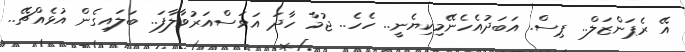
އޭ ރެޕަންޒަލް.. ޕިސް. އަބަދުއެހެނޭމިކިޔެނީ.. ހެހެ.. ޖުމާ ހާދަ އަވަސްއަރުވާލާފަ.. ބަލައިގެން އުޅެއްޗޭ..